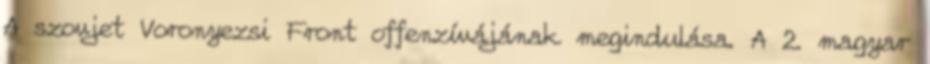
A szovjet Voronyezsi Front offenzívájának megindulása. A 2. magyar